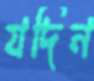
যদিন